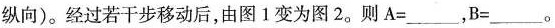
纵向)。经过若干步移动后，由图1变为图2。则$$A =$$___，$$B =$$___。